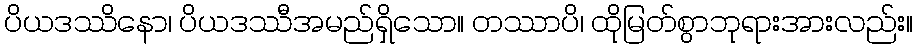
ပိယဒဿိနော၊ ပိယဒဿီအမည်ရှိသော။ တဿာပိ၊ ထိုမြတ်စွာဘုရားအားလည်း။